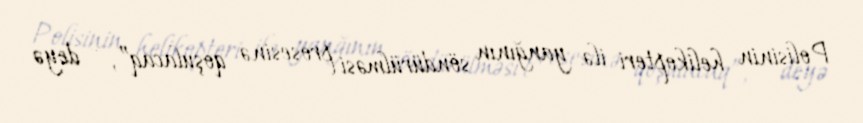
Polisinin helikopteri ilə yanğının söndürülməsi prosesinə qoşulacaq”, - deyə